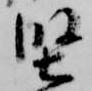
堅